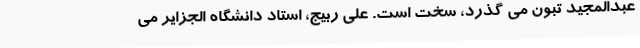
عبدالمجید تبون می گذرد، سخت است. علی ربیج، استاد دانشگاه الجزایر می